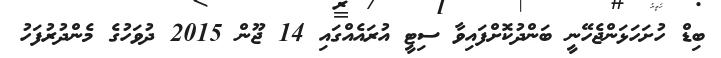
ބިޑް ހުށަހަޅަންޖެހޭނީ ބަންދުކޮށްފައިވާ ސިޓީ އުރައެއްގައި 14 ޖޫން 2015 ދުވަހުގެ މެންދުރުފަހު